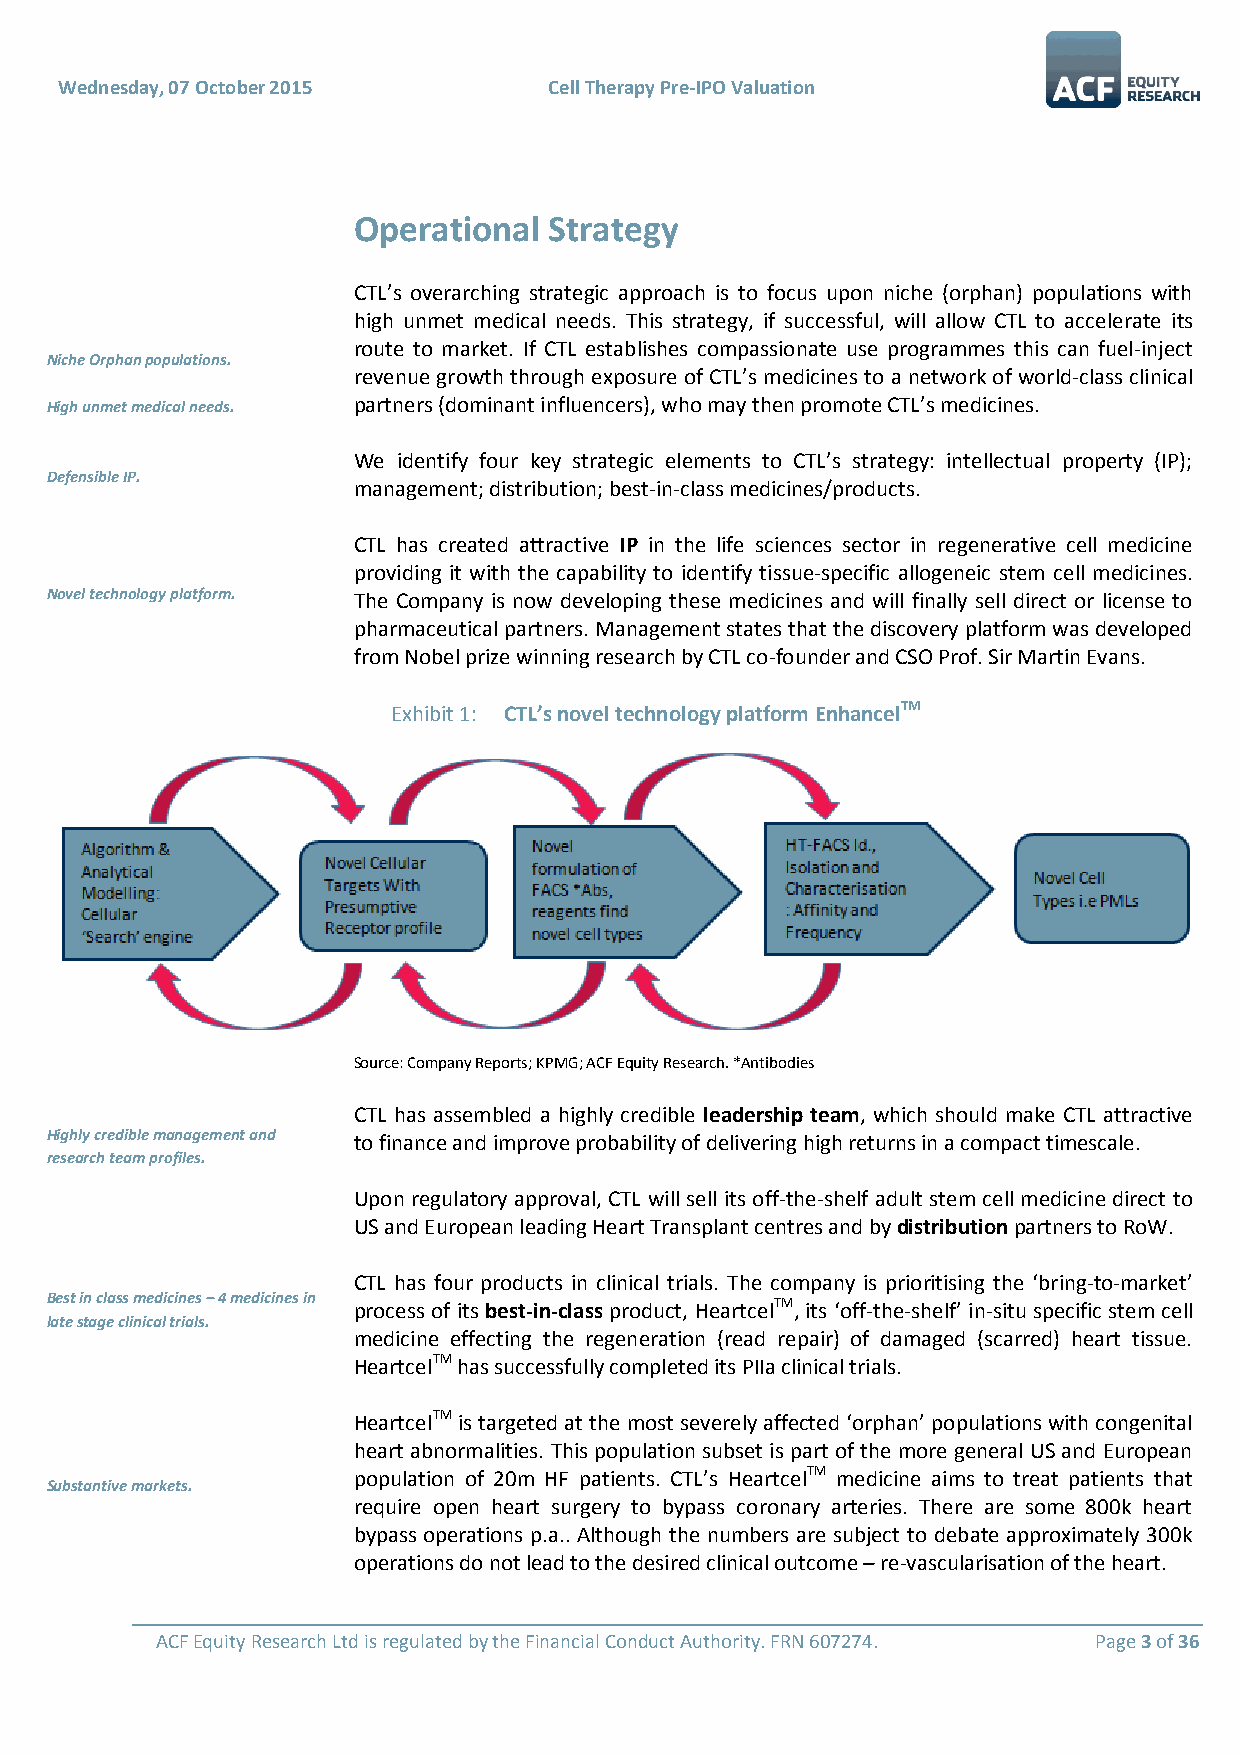
Wednesday, 07 October 2015      Cell Therapy Pre-IPO Valuation
 Operational  Strategy
 CTL’s overarching strategic approach is to focus upon niche (orphan) populations with
 high unmet medical needs. This strategy, if successful, will allow CTL to accelerate its
 route to market. If CTL establishes compassionate use programmes this can fuel-inject
 Niche Orphan populations.
 revenue growth through exposure of CTL’s medicines to a network of world-class clinical
 High unmet medical needs. partners (dominant influencers), who may then promote CTL’s medicines.
 We identify four key strategic elements to CTL’s strategy: intellectual property (IP);
 Defensible IP.
 management; distribution; best-in-class medicines/products.
 CTL has created attractive IP in the life sciences sector in regenerative cell medicine
 providing it with the capability to identify tissue-specific allogeneic stem cell medicines.
 Novel technology platform. The Company is now developing these medicines and will finally sell direct or license to
 pharmaceutical partners. Management states that the discovery platform was developed
 from Nobel prize winning research by CTL co-founder and CSO Prof. Sir Martin Evans.
 Exhibit 1: CTL’s novel technology platform EnhancelTM
 Source: Company Reports; KPMG; ACF Equity Research. *Antibodies
 CTL has assembled a highly credible leadership team, which should make CTL attractive
 Highly credible management and to finance and improve probability of delivering high returns in a compact timescale.
 research team profiles.
 Upon regulatory approval, CTL will sell its off-the-shelf adult stem cell medicine direct to
 US and European leading Heart Transplant centres and by distribution partners to RoW.
 CTL has four products in clinical trials. The company is prioritising the ‘bring-to-market’
 Best in class medicines – 4 medicines in process of its best-in-class product, HeartcelTM, its ‘off-the-shelf’ in-situ specific stem cell
 late stage clinical trials.
 medicine effecting the regeneration (read repair) of damaged (scarred) heart tissue.
 HeartcelTM has successfully completed its PIIa clinical trials.
 HeartcelTM is targeted at the most severely affected ‘orphan’ populations with congenital
 heart abnormalities. This population subset is part of the more general US and European
 population of 20m HF patients. CTL’s HeartcelTM medicine aims to treat patients that
 Substantive markets.
 require open heart surgery to bypass coronary arteries. There are some 800k heart
 bypass operations p.a.. Although the numbers are subject to debate approximately 300k
 operations do not lead to the desired clinical outcome – re-vascularisation of the heart.
 ACF Equity Research Ltd is regulated by the Financial Conduct Authority. FRN 607274. Page 3 of 36